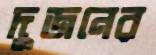
দুজনের